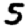
Digit: 5